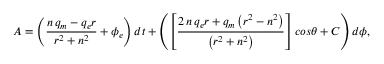
A = \left( \frac { n \, q _ { m } - q _ { e } r } { r ^ { 2 } + n ^ { 2 } } + \phi _ { e } \right) d t + \left( \left[ \frac { 2 \, n \, q _ { e } r + q _ { m } \left( r ^ { 2 } - n ^ { 2 } \right) } { \left( r ^ { 2 } + n ^ { 2 } \right) } \right] c o s \theta + C \right) d \phi ,